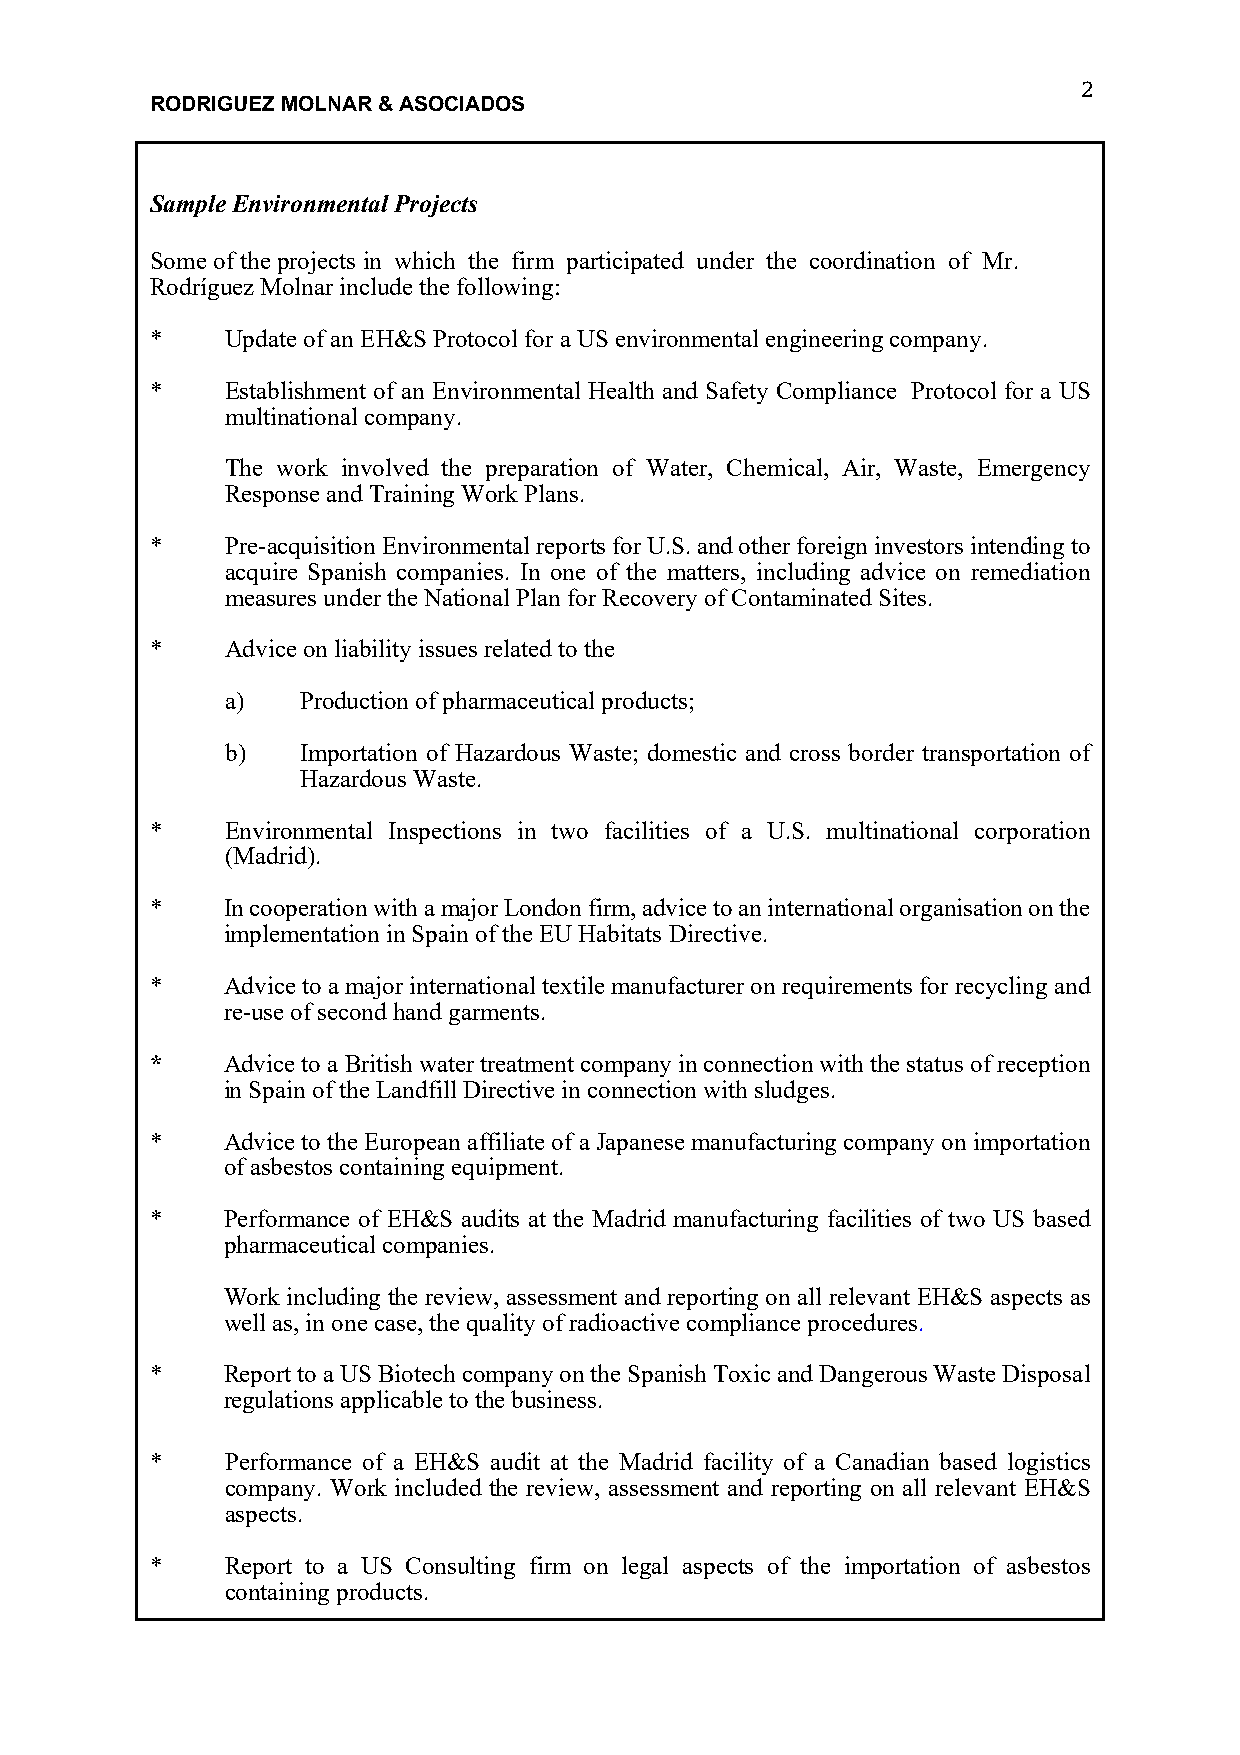
2
 RODRIGUEZ MOLNAR & ASOCIADOS
 Sample Environmental Projects
 Some of the projects in which the firm participated under the coordination of Mr.
 Rodríguez Molnar include the following:
 *    Update of an EH&S Protocol for a US environmental engineering company.
 *    Establishment of an Environmental Health and Safety Compliance Protocol for a US
 multinational company.
 The work involved the preparation of Water, Chemical, Air, Waste, Emergency
 Response and Training Work Plans.
 *    Pre-acquisition Environmental reports for U.S. and other foreign investors intending to
 acquire Spanish companies. In one of the matters, including advice on remediation
 measures under the National Plan for Recovery of Contaminated Sites.
 *    Advice on liability issues related to the
 a)   Production of pharmaceutical products;
 b)   Importation of Hazardous Waste; domestic and cross border transportation of
 Hazardous Waste.
 *    Environmental Inspections in two facilities of a U.S. multinational corporation
 (Madrid).
 *    In cooperation with a major London firm, advice to an international organisation on the
 implementation in Spain of the EU Habitats Directive.
 *    Advice to a major international textile manufacturer on requirements for recycling and
 re-use of second hand garments.
 *    Advice to a British water treatment company in connection with the status of reception
 in Spain of the Landfill Directive in connection with sludges.
 *    Advice to the European affiliate of a Japanese manufacturing company on importation
 of asbestos containing equipment.
 *    Performance of EH&S audits at the Madrid manufacturing facilities of two US based
 pharmaceutical companies.
 Work including the review, assessment and reporting on all relevant EH&S aspects as
 well as, in one case, the quality of radioactive compliance procedures.
 *    Report to a US Biotech company on the Spanish Toxic and Dangerous Waste Disposal
 regulations applicable to the business.
 *    Performance of a EH&S audit at the Madrid facility of a Canadian based logistics
 company. Work included the review, assessment and reporting on all relevant EH&S
 aspects.
 *    Report to a US Consulting firm on legal aspects of the importation of asbestos
 containing products.